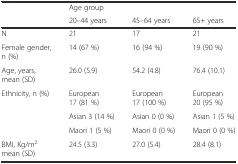
| <ROWSPAN=2>  | <COLSPAN=3> Age group |
 | 20–44 years | 45–64 years | 65+ years |
 | --- | --- | --- | --- |
 | N | 21 | 17 | 21 |
 | Female gender, n (%) | 14 (67 %) | 16 (94 %) | 19 (90 %) |
 | Age, years, mean (SD) | 26.0 (5.9) | 54.2 (4.8) | 76.4 (10.1) |
 | <ROWSPAN=3> Ethnicity, n (%) | European 17 (81 %) | European 17 (100 %) | European 20 (95 %) |
 | Asian 3 (14 %) | Asian 0 (0 %) | Asian 1 (5 %) |
 | Maori 1 (5 %) | Maori 0 (0 %) | Maori 0 (0 %) |
 | BMI, Kg/m2 mean (SD) | 24.5 (3.3) | 27.0 (5.4) | 28.4 (8.1) |